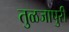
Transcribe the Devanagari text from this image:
तुळजापुरी